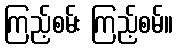
ကြည့်စမ်း ကြည့်စမ်။